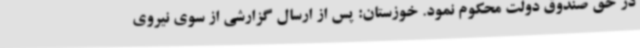
در حق صندوق دولت محکوم نمود. خوزستان: پس از ارسال گزارشی از سوی نیروی